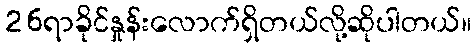
26ရာခိုင်နှုန်းလောက်ရှိတယ်လို့ဆိုပါတယ်။